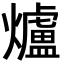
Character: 爐